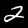
Label: 2